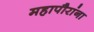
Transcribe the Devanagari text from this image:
महापौरांना